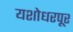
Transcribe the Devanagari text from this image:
यशोधरपूर